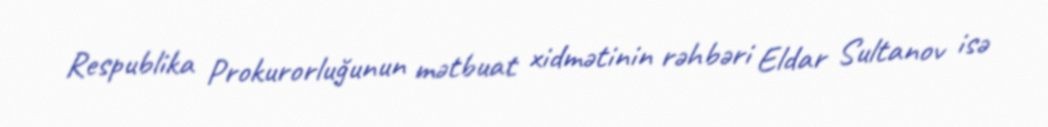
Respublika Prokurorluğunun mətbuat xidmətinin rəhbəri Eldar Sultanov isə